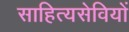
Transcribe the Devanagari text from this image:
साहित्यसेवियों